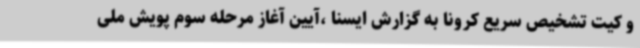
و کیت تشخیص سریع کرونا به گزارش ایسنا ،آیین آغاز مرحله سوم پویش ملی